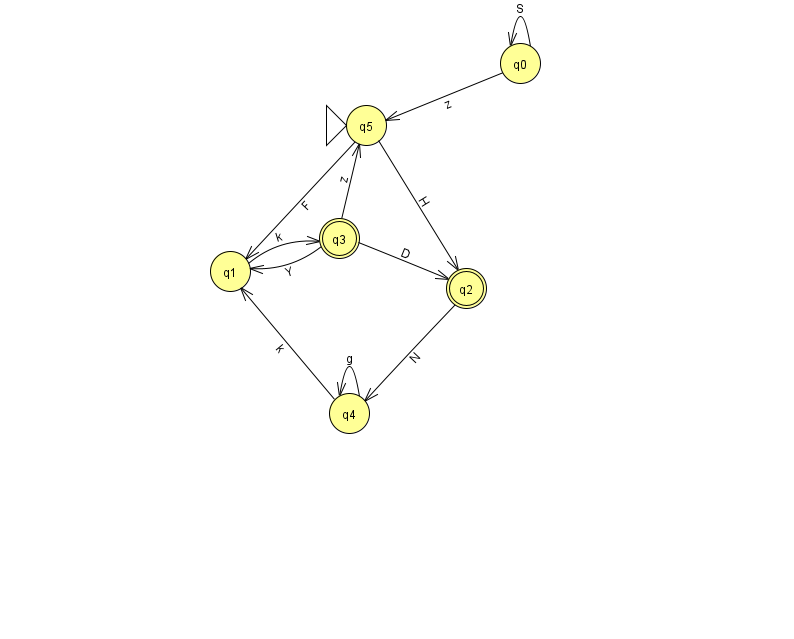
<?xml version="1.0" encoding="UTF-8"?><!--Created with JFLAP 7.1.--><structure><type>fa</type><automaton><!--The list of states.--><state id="0" name="q0"><x>520.0</x><y>50.0</y></state><state id="1" name="q1"><x>230.0</x><y>258.0</y></state><state id="2" name="q2"><x>466.0</x><y>275.0</y><final/></state><state id="3" name="q3"><x>339.0</x><y>225.0</y><final/></state><state id="4" name="q4"><x>349.0</x><y>400.0</y></state><state id="5" name="q5"><x>366.0</x><y>112.0</y><initial/></state><!--The list of transitions.--><transition><from>0</from><to>5</to><read>z</read></transition><transition><from>2</from><to>4</to><read>N</read></transition><transition><from>0</from><to>0</to><read>S</read></transition><transition><from>4</from><to>1</to><read>k</read></transition><transition><from>1</from><to>3</to><read>k</read></transition><transition><from>3</from><to>1</to><read>Y</read></transition><transition><from>4</from><to>4</to><read>g</read></transition><transition><from>5</from><to>2</to><read>H</read></transition><transition><from>5</from><to>1</to><read>F</read></transition><transition><from>3</from><to>2</to><read>D</read></transition><transition><from>3</from><to>5</to><read>z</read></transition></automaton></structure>